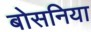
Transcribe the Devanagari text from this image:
बोसनिया